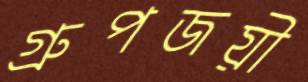
গ্রুপজয়ী